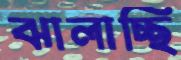
ঝালাচ্ছি